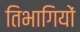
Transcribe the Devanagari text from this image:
तिभागियों